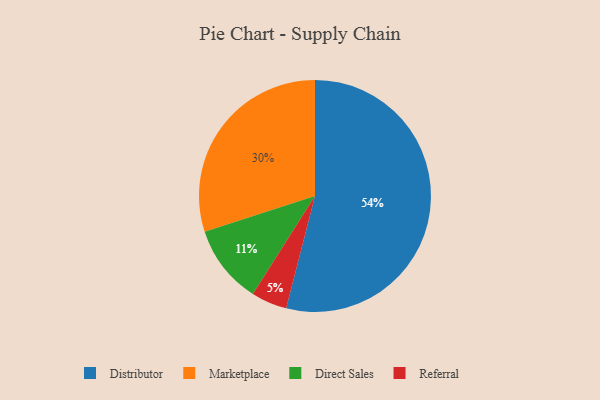
{"axis": {"x": "Category", "y": "Percentage"}, "legend": ["Direct Sales", "Distributor", "Marketplace", "Referral"], "data": [{"x": "Marketplace", "y": 30, "type": "Marketplace"}, {"x": "Distributor", "y": 54, "type": "Distributor"}, {"x": "Referral", "y": 5, "type": "Referral"}, {"x": "Direct Sales", "y": 11, "type": "Direct Sales"}]}